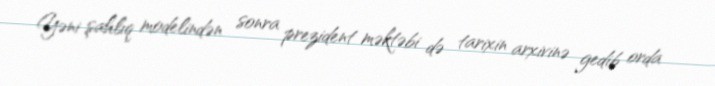
Yəni şahlıq modelindən sonra prezident məktəbi də tarixin arxivinə gedib orda